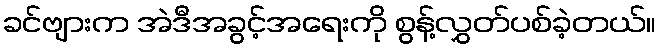
ခင်ဗျားက အဲဒီအခွင့်အရေးကို စွန့်လွှတ်ပစ်ခဲ့တယ်။